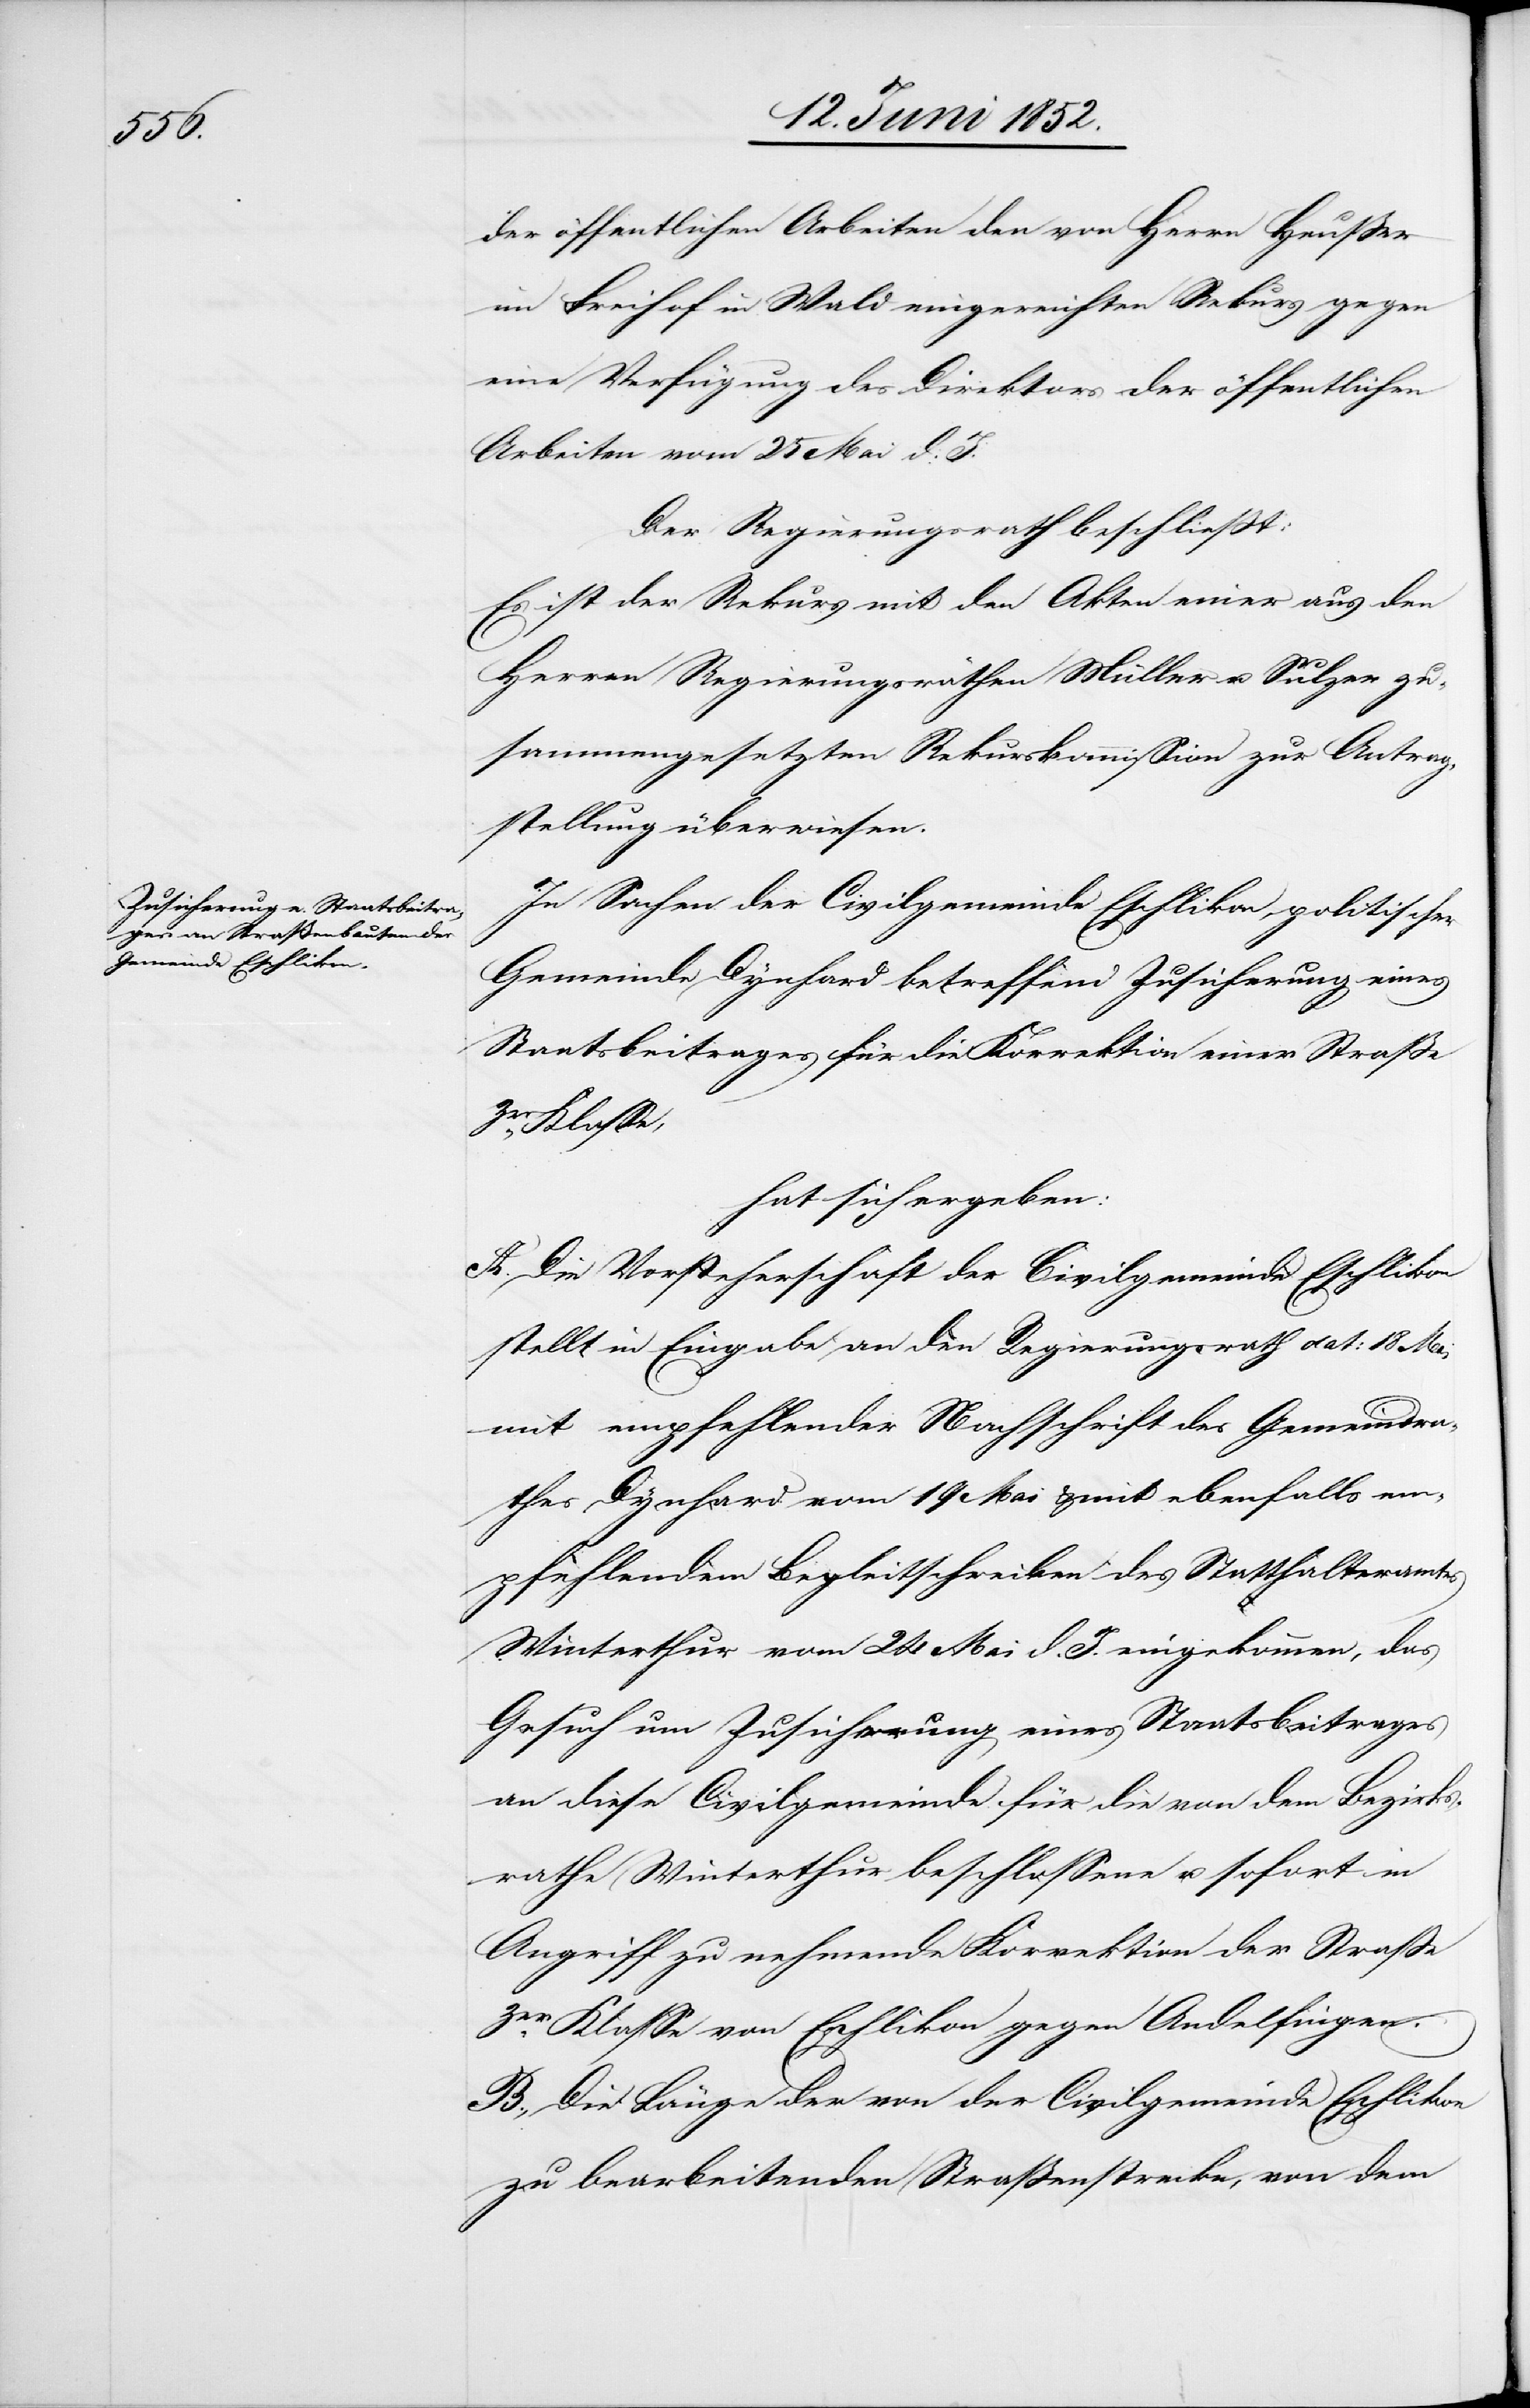
der öffentlichen Arbeiten den von Herrn Heußer
im Freihof in Wald eingereichten Rekurs gegen
eine Verfügung des Direktors der öffentlichen
Arbeiten vom 25 Mai d. J.
Der Regierungsrath beschliesst:
Es ist der Rekurs mit den Akten einer aus den
Herren Regierungsräthen Müller u. Sulzer zu¬
sammengesetzten Rekurskommission zur Antrag¬
stellung überwiesen.
In Sachen der Civilgemeinde Eschlikon, politischer
Gemeinde Dynhard betreffend Zusicherung eines
Staatsbeitrages für die Korrektion einer Straße
3er. Klasse,
hat sich ergeben:
A. Die Vorsteherschaft der Civilgemeinde Eschlikon
stellt in Eingabe an den Regierungsrath dat: 18 Mai
mit empfehlender Nachschrift des Gemeindra¬
thes Dynhard vom 19 Mai & mit ebenfalls em¬
pfehlendem Begleitschreiben des Statthalteramtes
Winterthur vom 24 Mai d. J. eingekommen, das
Gesuch um Zusicherung eines Staatsbeitrages
an diese Civilgemeinde für die von dem Bezirks¬
rathe Winterthur beschlossene u. sofort in
Angriff zu nehmende Korrektion der Strasse
3er. Klasse von Eschlikon gegen Andelfingen.
B., Die Länge der von der Civilgemeinde Eschlikon
zu bearbeitenden Strassenstrecke, von dem